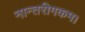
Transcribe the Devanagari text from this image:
नान्तरीगकम।